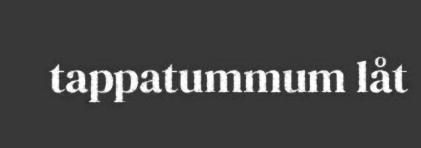
tappatummum låt